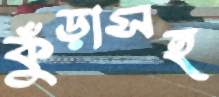
কুঁড়াসহ